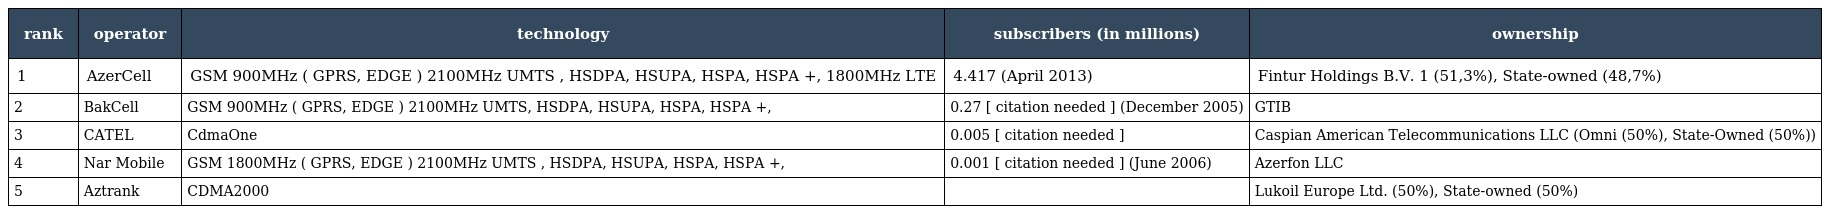
| rank | operator | technology | subscribers (in millions) | ownership |
 | --- | --- | --- | --- | --- |
 | 1 | AzerCell | GSM 900MHz ( GPRS, EDGE ) 2100MHz UMTS , HSDPA, HSUPA, HSPA, HSPA +, 1800MHz LTE | 4.417 (April 2013) | Fintur Holdings B.V. 1 (51,3%), State-owned (48,7%) |
 | 2 | BakCell | GSM 900MHz ( GPRS, EDGE ) 2100MHz UMTS, HSDPA, HSUPA, HSPA, HSPA +, | 0.27 [ citation needed ] (December 2005) | GTIB |
 | 3 | CATEL | CdmaOne | 0.005 [ citation needed ] | Caspian American Telecommunications LLC (Omni (50%), State-Owned (50%)) |
 | 4 | Nar Mobile | GSM 1800MHz ( GPRS, EDGE ) 2100MHz UMTS , HSDPA, HSUPA, HSPA, HSPA +, | 0.001 [ citation needed ] (June 2006) | Azerfon LLC |
 | 5 | Aztrank | CDMA2000 |  | Lukoil Europe Ltd. (50%), State-owned (50%) |